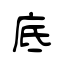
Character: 底